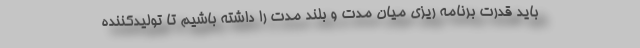
باید قدرت برنامه ریزی میان مدت و بلند مدت را داشته باشیم تا تولیدکننده